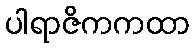
ပါရာဇိကကထာ